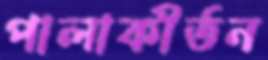
পালাকীর্তন